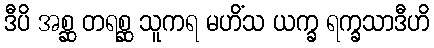
ဒီပိ အစ္ဆ တရစ္ဆ သူကရ မဟိံသ ယက္ခ ရက္ခသာဒီဟိ